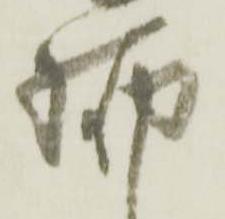
脚